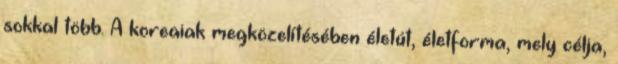
sokkal több. A koreaiak megközelítésében életút, életforma, mely célja,